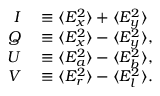
\begin{array} { r l } { I } & { { } \equiv \langle E _ { x } ^ { 2 } \rangle + \langle E _ { y } ^ { 2 } \rangle } \\ { Q } & { { } \equiv \langle E _ { x } ^ { 2 } \rangle - \langle E _ { y } ^ { 2 } \rangle , } \\ { U } & { { } \equiv \langle E _ { a } ^ { 2 } \rangle - \langle E _ { b } ^ { 2 } \rangle , } \\ { V } & { { } \equiv \langle E _ { r } ^ { 2 } \rangle - \langle E _ { l } ^ { 2 } \rangle . } \end{array}